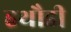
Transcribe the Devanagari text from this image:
हथौडी